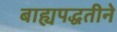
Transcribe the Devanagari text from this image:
बाह्यपद्धतीने